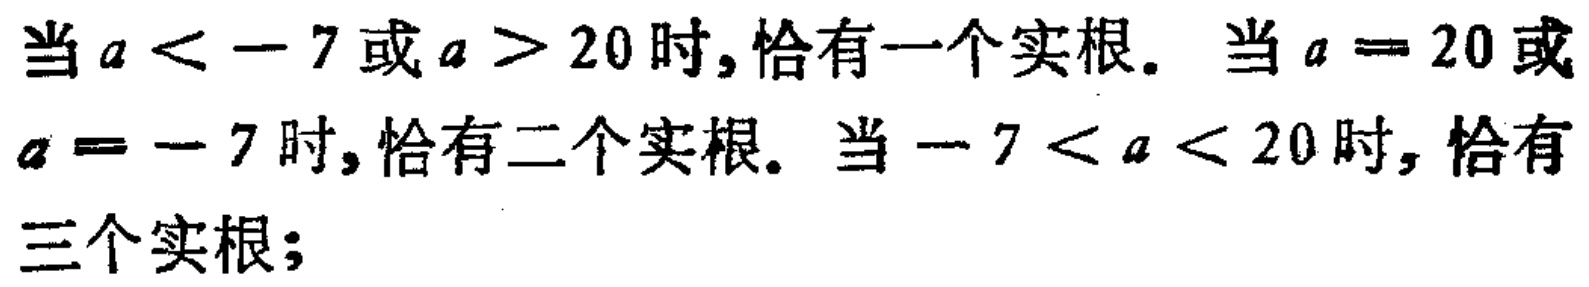
当\(a < - 7\)或\(a > 20\)时, 恰有一个实根。当\(a = 20\)或\(a = - 7\)时, 恰有二个实根。当\(- 7 < a < 20\)时, 恰有三个实根；